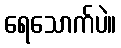
ရေသောက်ပဲ။